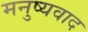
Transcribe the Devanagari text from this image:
मनुष्यवाद